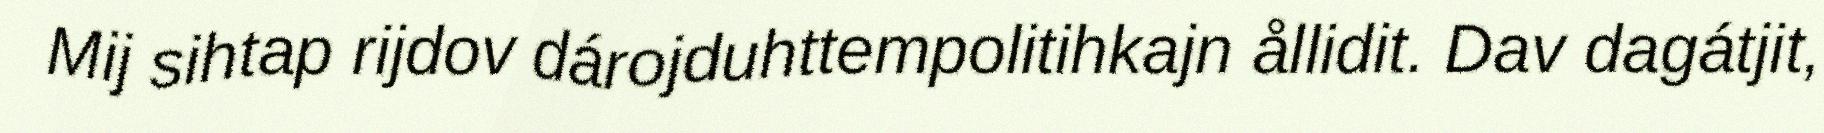
Mij sihtap rijdov dárojduhttempolitihkajn ållidit. Dav dagátjit,